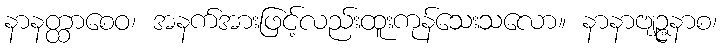
နာနတ္ထာစေဝ၊ အနက်အားဖြင့်လည်းထူးကုန်သေးသလော။ နာနာဗျဉ္ဇနာစ၊